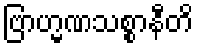
ဗြာဟ္မဏသစ္စာနီတိ